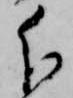
分